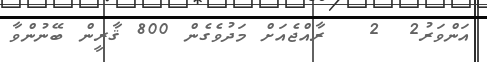
އަންވަރު2  2   ރާއްޖެއަށް މަދުވެގެން 800 ޤާރީން ބޭނުންވާ